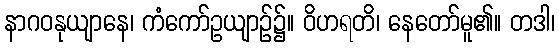
နာဂဝနုယျာနေ၊ ကံကော်ဥယျာဉ်၌။ ဝိဟရတိ၊ နေတော်မူ၏။ တဒါ၊